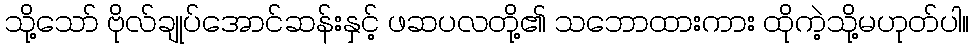
သို့သော် ဗိုလ်ချုပ်အောင်ဆန်းနှင့် ဖဆပလတို့၏ သဘောထားကား ထိုကဲ့သို့မဟုတ်ပါ။